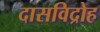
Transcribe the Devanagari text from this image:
दासविद्रोह